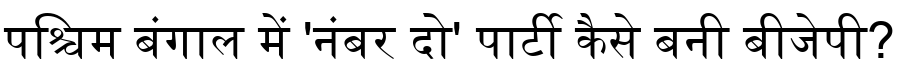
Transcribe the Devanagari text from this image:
पश्चिम बंगाल में 'नंबर दो' पार्टी कैसे बनी बीजेपी?